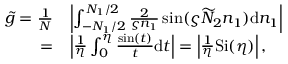
\begin{array} { r l } { { \widetilde { g } } = \frac { 1 } { N } } & { \left| \int _ { - N _ { 1 } / 2 } ^ { N _ { 1 } / 2 } \frac { 2 } { \varsigma n _ { 1 } } \sin ( \varsigma { \widetilde { N } } _ { 2 } n _ { 1 } ) \mathrm { { d } } n _ { 1 } \right| } \\ { = } & { \left| \frac { 1 } { \eta } \int _ { 0 } ^ { \eta } \frac { \sin ( t ) } { t } { \mathrm { d } } t \right| = \left| \frac { 1 } { \eta } \mathrm { { S i } } ( \eta ) \right| , } \end{array}